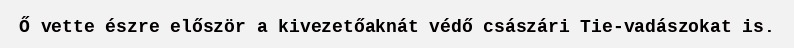
Ő vette észre először a kivezetőaknát védő császári Tie-vadászokat is.